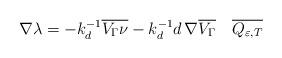
LaTeX: \begin{align*} \nabla\lambda = -k_d^{-1}\overline{V_\Gamma\nu}-k_d^{-1}d\,\nabla\overline{V_\Gamma} \quad\overline{Q_{\varepsilon,T}} \end{align*}